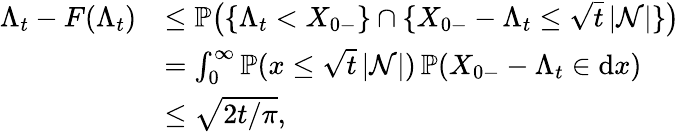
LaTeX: \begin{array}{rl}{\Lambda_{t}-F(\Lambda_{t})}&{\le\mathbb{P}\big(\{ \Lambda_{t}<X_{0-}\} \cap\{ X_{0-}-\Lambda_{t}\le\sqrt{t}\, |\mathcal{N}|\} \big)}\\ &{=\int_{0}^{\infty}\mathbb{P}(x\le\sqrt{t}\, |\mathcal{N}|)\, \mathbb{P}(X_{0-}-\Lambda_{t}\in\mathrm{d}x)}\\ &{\le\sqrt{2t/\pi},}\end{array}